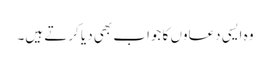
وہ ایسی دعاوں کا جواب بھی دیا کرتے ہیں۔